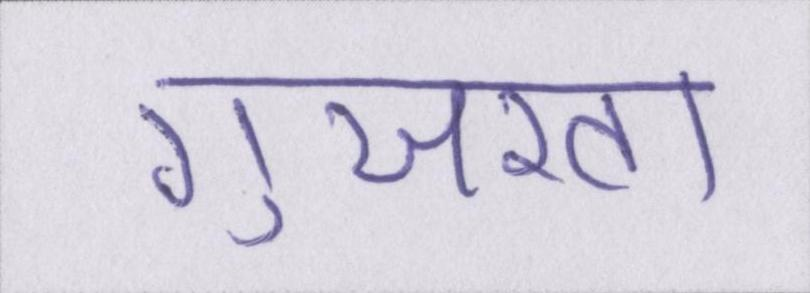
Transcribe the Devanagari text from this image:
गुजरता